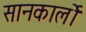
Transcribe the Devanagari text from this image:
सानकार्लो